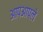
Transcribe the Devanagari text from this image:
आपआपले